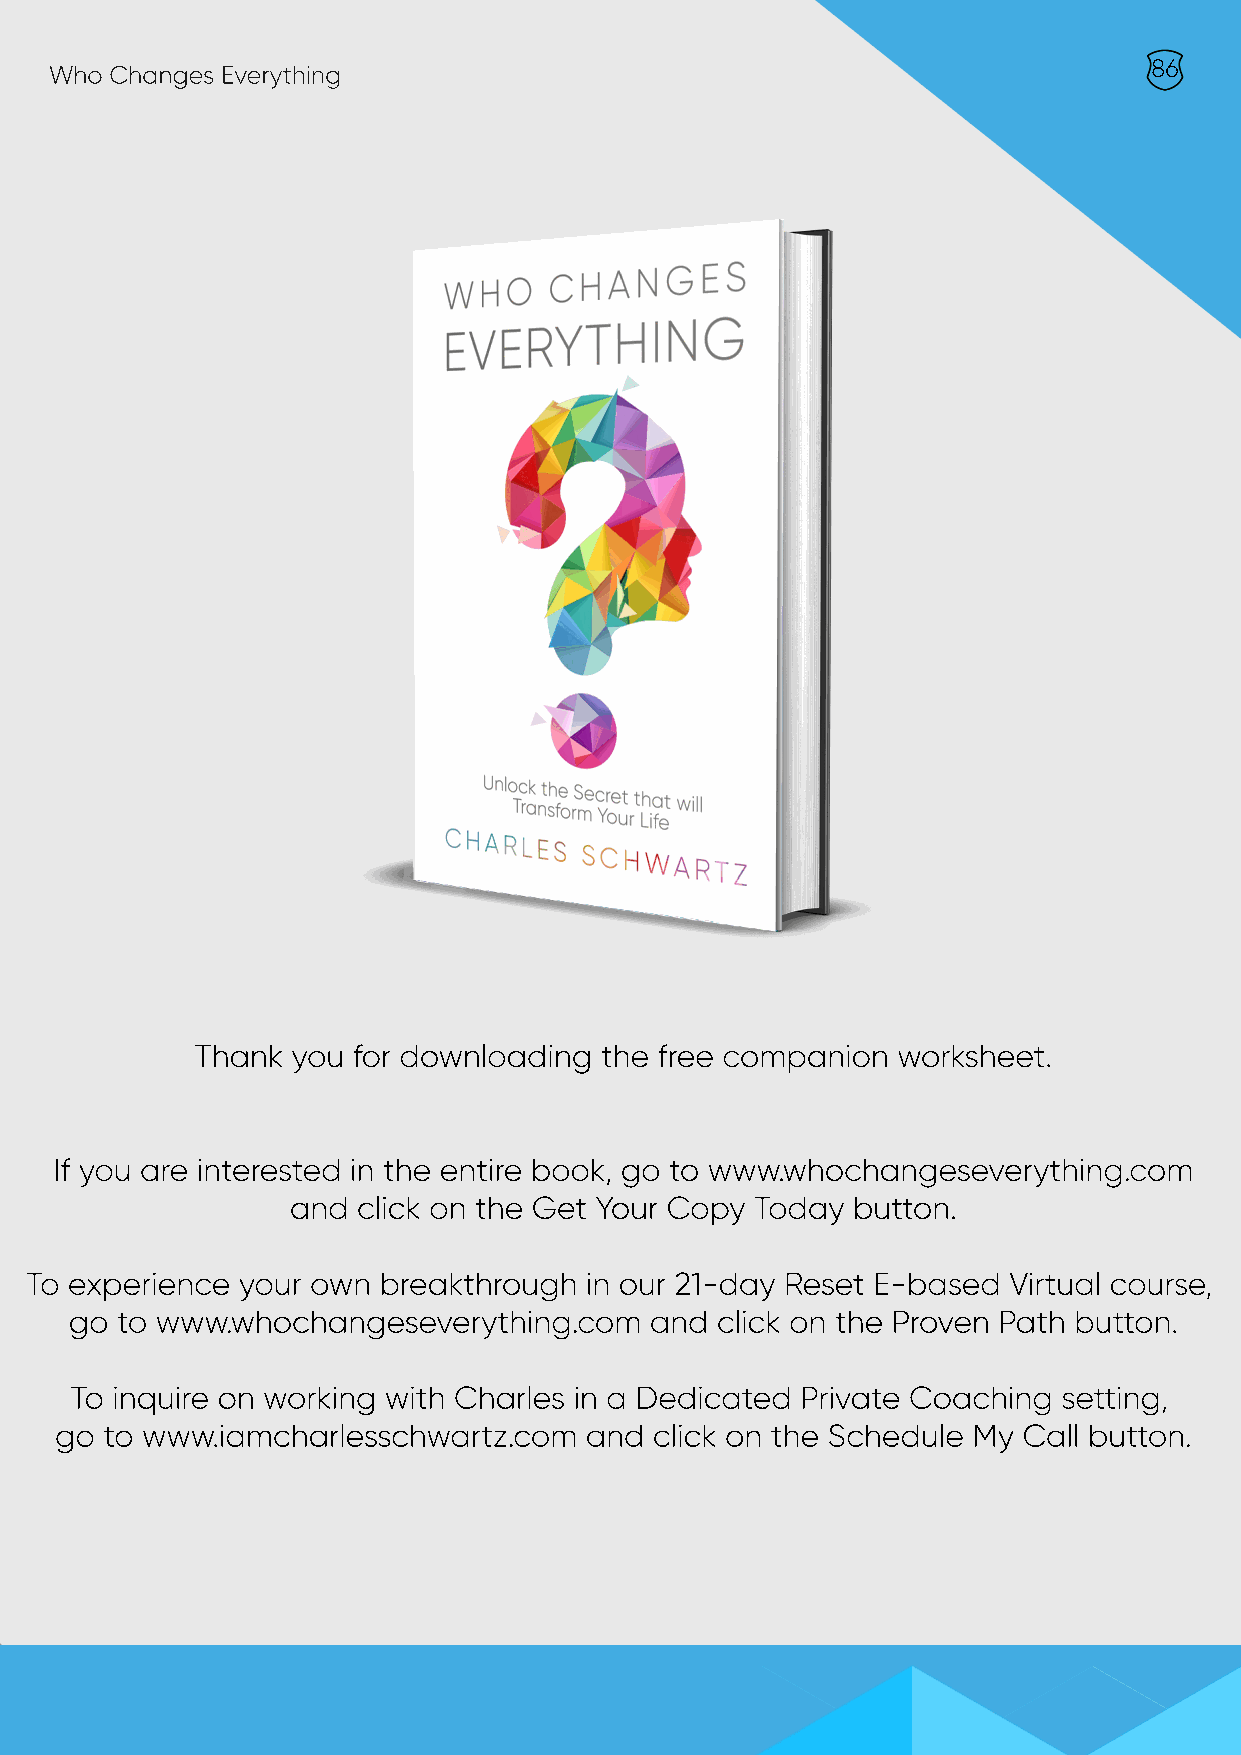
86
 Who Changes Everything
 Thank you for downloading  the free companion worksheet.
 If you are interested in the entire book, go to www.whochangeseverything.com
 and  click on the Get Your Copy Today button.
 To experience your own breakthrough  in our 21-day Reset E-based Virtual course,
 go to www.whochangeseverything.com    and click on the Proven Path button.
 To inquire on working with Charles in a Dedicated Private Coaching setting,
 ggoo ttoo wwwwww..iiaammcchhaarrlleesssscchhwwaarrttzz..ccoomm aanndd cclliicckk oonn tthhee SScchheedduullee MMyy CCaallll bbuuttttoonn..